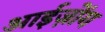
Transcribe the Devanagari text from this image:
आईज़ोंग